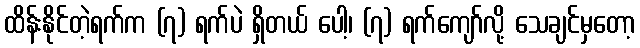
ထိန်းနိုင်တဲ့ရက်က (၇) ရက်ပဲ ရှိတယ် ပေါ့၊ (၇) ရက်ကျော်လို့ သေချင်မှတော့